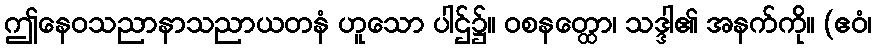
ဤနေဝသညာနာသညာယတနံ ဟူသော ပါဌ်၌။ ဝစနတ္ထော၊ သဒ္ဒါ၏ အနက်ကို။ (ဧဝံ၊